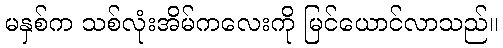
မနှစ်က သစ်လုံးအိမ်ကလေးကို မြင်ယောင်လာသည်။